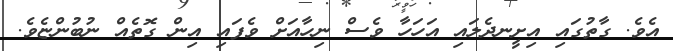
އެވެ. ގާތުގައި އިށީނދެލައި އަހަހާ ވެސް ނިހާއަށް ވެފައި އިން ގޮތެއް ނުބުންޏެވެ.